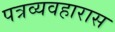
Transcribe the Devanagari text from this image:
पत्रव्यवहारास